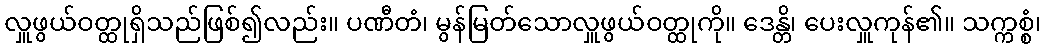
လှူဖွယ်ဝတ္ထုရှိသည်ဖြစ်၍လည်း။ ပဏီတံ၊ မွန်မြတ်သောလှူဖွယ်ဝတ္ထုကို။ ဒေန္တိ၊ ပေးလှူကုန်၏။ သက္ကစ္စံ၊